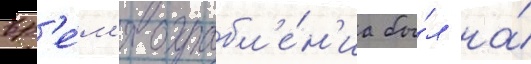
вр'е́м'я ограбл'е́н'иа бы́л на́